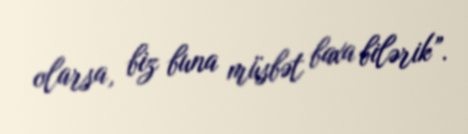
olarsa, biz buna müsbət baxa bilərik”.